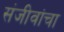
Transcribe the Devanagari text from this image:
संजीवांचा